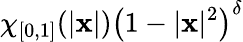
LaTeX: \chi_{[0,1]}(|\mathbf{x}|)\left(1-|\mathbf{x}|^{2}\right)^{\delta}